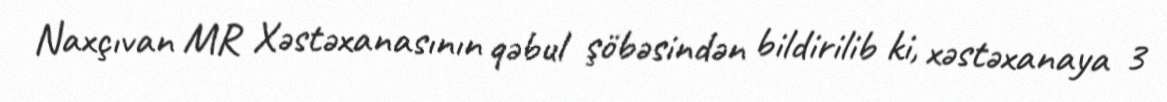
Naxçıvan MR Xəstəxanasının qəbul şöbəsindən bildirilib ki, xəstəxanaya 3